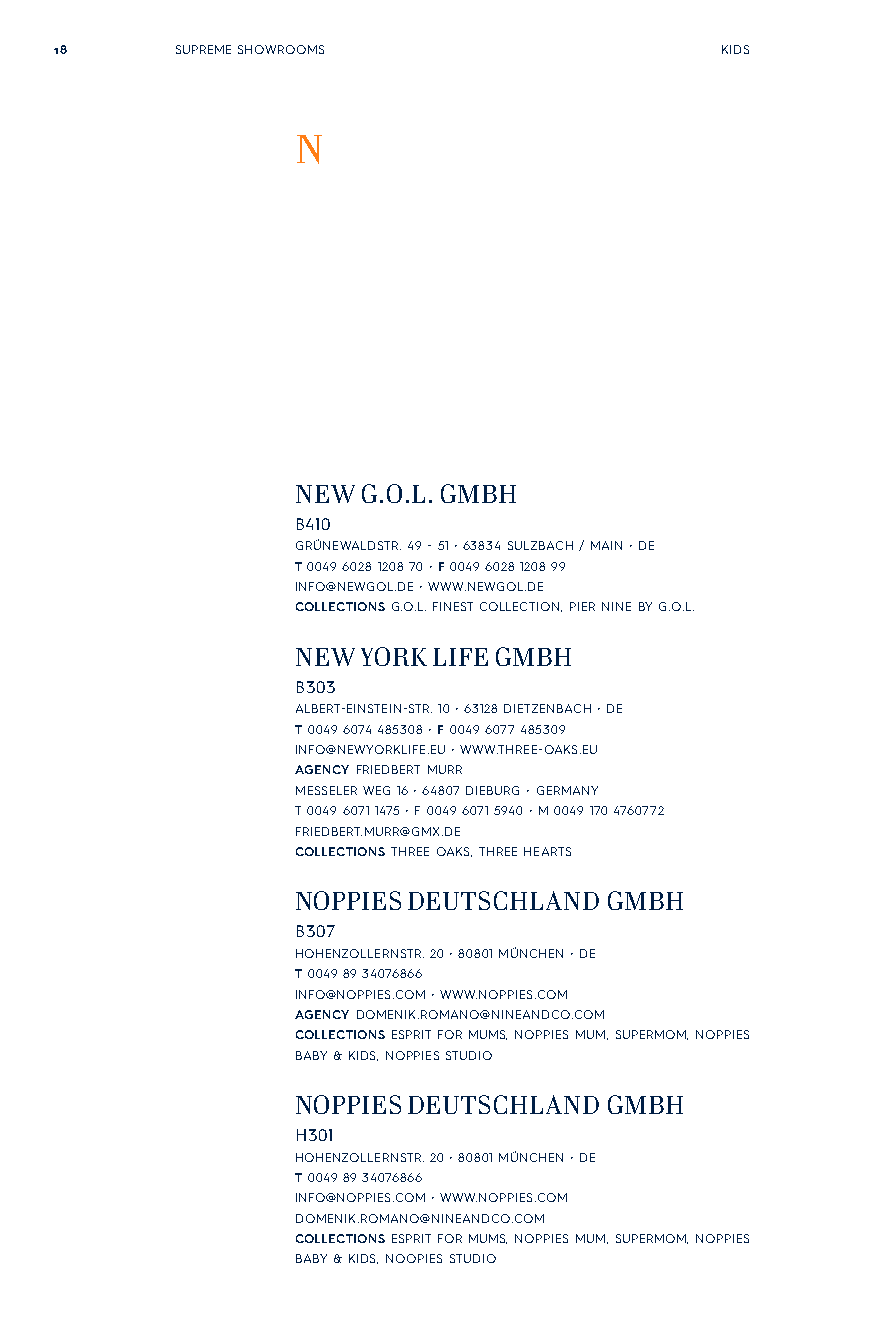
18      SUPREME SHOWROOMS                   KIDS
 N
 NEW G.O.L. GMBH
 B410
 GRÜNEWALDSTR. 49 - 51 • 63834 SULZBACH / MAIN • DE
 T 0049 6028 1208 70 • F 0049 6028 1208 99
 INFO@NEWGOL.DE • WWW.NEWGOL.DE
 COLLECTIONS G.O.L. FINEST COLLECTION, PIER NINE BY G.O.L.
 NEW YORK LIFE GMBH
 B303
 ALBERT-EINSTEIN-STR. 10 • 63128 DIETZENBACH • DE
 T 0049 6074 485308 • F 0049 6077 485309
 INFO@NEWYORKLIFE.EU • WWW.THREE-OAKS.EU
 AGENCY FRIEDBERT MURR
 MESSELER WEG 16 • 64807 DIEBURG • GERMANY
 T 0049 6071 1475 • F 0049 6071 5940 • M 0049 170 4760772
 FRIEDBERT.MURR@GMX.DE
 COLLECTIONS THREE OAKS, THREE HEARTS
 NOPPIES DEUTSCHLAND GMBH
 B307
 HOHENZOLLERNSTR. 20 • 80801 MÜNCHEN • DE
 T 0049 89 34076866
 INFO@NOPPIES.COM • WWW.NOPPIES.COM
 AGENCY DOMENIK.ROMANO@NINEANDCO.COM
 COLLECTIONS ESPRIT FOR MUMS, NOPPIES MUM, SUPERMOM, NOPPIES
 BABY & KIDS, NOPPIES STUDIO
 NOPPIES DEUTSCHLAND GMBH
 H301
 HOHENZOLLERNSTR. 20 • 80801 MÜNCHEN • DE
 T 0049 89 34076866
 INFO@NOPPIES.COM • WWW.NOPPIES.COM
 DOMENIK.ROMANO@NINEANDCO.COM
 COLLECTIONS ESPRIT FOR MUMS, NOPPIES MUM, SUPERMOM, NOPPIES
 BABY & KIDS, NOOPIES STUDIO